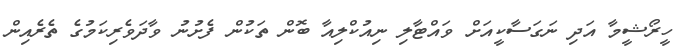
ހީރޯޝީމާ އަދި ނަގަސާކީއަށް ވައްޓާލި ނިއުކްލިއާ ބޮން ތަކުން ފެށުނު ވާދަވެރިކަމުގެ ތެރެއިން